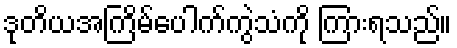
ဒုတိယအကြိမ်ပေါက်ကွဲသံကို ကြားရသည်။